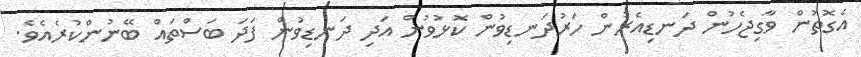
އެގޮތުން ވާގިޖެހުން ދަނޑިއެރުން ހަރުދަނޑިވުން ކޮޅުވުން އަދި ދަނޑިވުން ފަދަ ބަސްތައް ބޭނުންކުރެއެވެ.